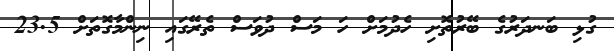
ގުޅި ބަނދަރުގެ ބޭރުތޮށި ހެދުމަށް ހަ މަސް ދުވަސް ތެރޭގައި ނިންމާގޮތަށް 23.5